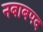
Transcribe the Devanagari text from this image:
नबाबपद